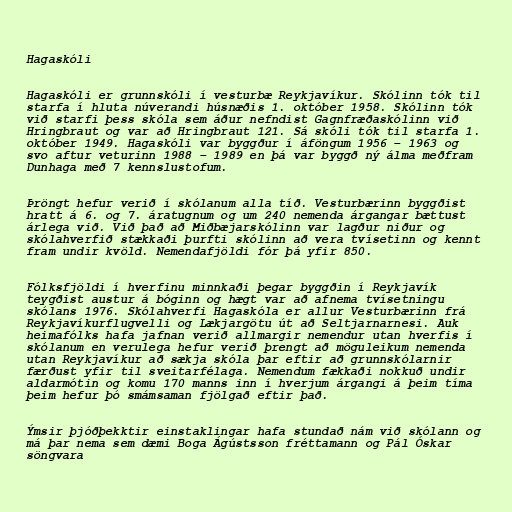
Hagaskóli

Hagaskóli er grunnskóli í vesturbæ Reykjavíkur. Skólinn tók til
starfa í hluta núverandi húsnæðis 1. október 1958. Skólinn tók
við starfi þess skóla sem áður nefndist Gagnfræðaskólinn við
Hringbraut og var að Hringbraut 121. Sá skóli tók til starfa 1.
október 1949. Hagaskóli var byggður í áföngum 1956 – 1963 og
svo aftur veturinn 1988 – 1989 en þá var byggð ný álma meðfram
Dunhaga með 7 kennslustofum.

Þröngt hefur verið í skólanum alla tíð. Vesturbærinn byggðist
hratt á 6. og 7. áratugnum og um 240 nemenda árgangar bættust
árlega við. Við það að Miðbæjarskólinn var lagður niður og
skólahverfið stækkaði þurfti skólinn að vera tvísetinn og kennt
fram undir kvöld. Nemendafjöldi fór þá yfir 850.

Fólksfjöldi í hverfinu minnkaði þegar byggðin í Reykjavík
teygðist austur á bóginn og hægt var að afnema tvísetningu
skólans 1976. Skólahverfi Hagaskóla er allur Vesturbærinn frá
Reykjavíkurflugvelli og Lækjargötu út að Seltjarnarnesi. Auk
heimafólks hafa jafnan verið allmargir nemendur utan hverfis í
skólanum en verulega hefur verið þrengt að möguleikum nemenda
utan Reykjavíkur að sækja skóla þar eftir að grunnskólarnir
færðust yfir til sveitarfélaga. Nemendum fækkaði nokkuð undir
aldarmótin og komu 170 manns inn í hverjum árgangi á þeim tíma
þeim hefur þó smámsaman fjölgað eftir það.

Ýmsir þjóðþekktir einstaklingar hafa stundað nám við skólann og
má þar nema sem dæmi Boga Ágústsson fréttamann og Pál Óskar
söngvara